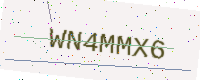
Text: WN4MMX6